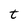
Character: t